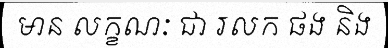
មាន លក្ខណៈ ជា រលក ផង និង